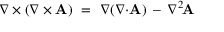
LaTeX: \nabla \times \left( \nabla \times \mathbf { A } \right) \ = \ \nabla ( \nabla { \cdot } \mathbf { A } ) \, - \, \nabla ^ { 2 \! } \mathbf { A }